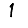
Digit: 1